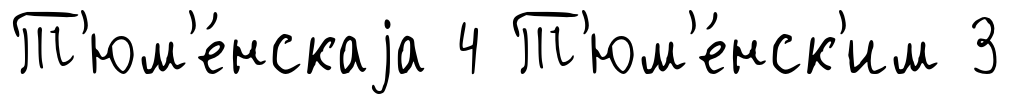
Т'юм'е́нскаjа 4 Т'юм'е́нск'им 3